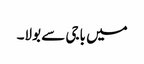
میں باجی سے بولا۔